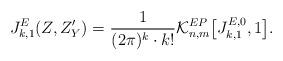
LaTeX: \begin{align*}J_{k, 1}^{E}(Z, Z'_Y)=\frac{1}{(2 \pi)^k \cdot k!}\mathcal{K}_{n, m}^{EP} \big[ J_{k, 1}^{E, 0}, 1 \big].\end{align*}